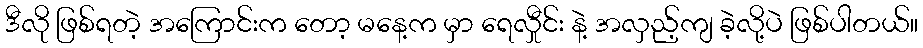
ဒီလို ဖြစ်ရတဲ့ အကြောင်းက တော့ မနေ့က မှာ ရေလှီုင်း နဲ့ အလှည့်ကျ ခဲ့လို့ပဲ ဖြစ်ပါတယ်။